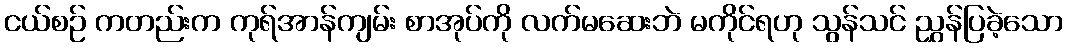
ငယ်စဉ် ကတည်းက ကုရ်အာန်ကျမ်း စာအုပ်ကို လက်မဆေးဘဲ မကိုင်ရဟု သွန်သင် ညွှန်ပြခဲ့သော